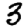
Digit: 3